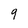
Character: 9